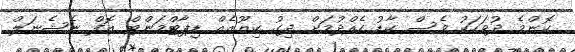
ކޮންމެ ދުވަހަކު ވެސް ކާޑު ހެއްދުމަށް ދިގު ކިޔޫއެއް ޑިޕާޓްމަންޓް އޮފް ނެޝެނަލް